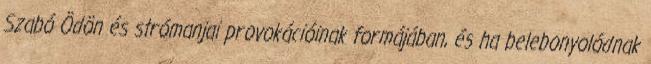
Szabó Ödön és strómanjai provokációinak formájában, és ha belebonyolódnak